Annual report of the Bengal Veterinary College and of the Civil Veterinary Department, Bengal, for the year 1913-1914 - 1913-1914
Year: 1913
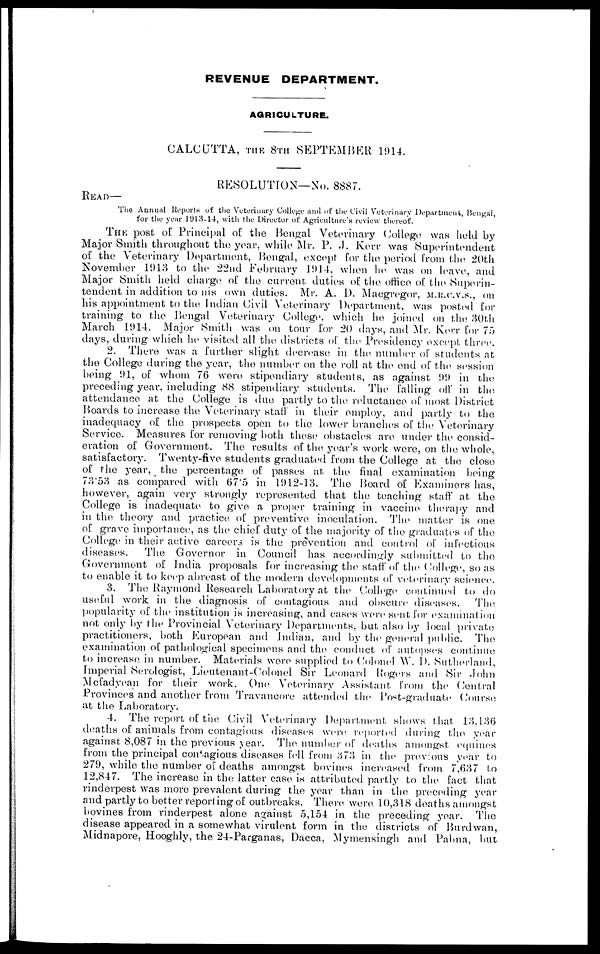
REVENUE DEPARTMENT.
AGRICULTURE.
CALCUTTA, THE 8TH SEPTEMBER 1914.
RESOLUTION—No. 8887.
RAED—
The Annual Reports of the Veterinary College and of the Civil Veterinary Department, Bengal,
for the year 1913-14, with the Director of Agriculture's review thereof.
THE post of Principal of the Bengal Veterinary College was held by
Major Smith throughout the year, while Mr. P. J. Kerr was Superintendent
of the Veterinary Department, Bengal, except for the period from the 20th
November 1913 to the 22nd February 1914, when he was on leave, and
Major Smith held charge of the current duties of the office of the Superin-
tendent in addition to his own duties. Mr. A. D. Maegregor, m.r.c.v.s., on
his appointment to the Indian Civil Veterinary Department, was posted for
training to the Bengal Veterinary College, which he joined on the 30th
March 1914. Major Smith was on tour for 20 days, and Mr. Korr for 75
days, during which he visited all the districts of the Presidency except three.
2. There was a further slight decrease in the number of students at
the College during the year, the number on the roll at the end of the session
being 91, of whom 76 were stipendiary students, as against 99 in the
preceding year, including 88 stipendiary students. The falling off in the
attendance at the College is due partly to the reluctance of most District
Boards to increase the Veterinary staff in their employ, and partly to the
inadequacy of the prospects open to the lower branches of the Veterinary
Service. Measures for removing both these obstacles are under the consid-
eration of Government. The results of the year's work were, on the whole,
satisfactory. Twenty-five students graduated from the College at the close
of the year, the percentage of passes at the final examination being
73.53 as compared with 67.5 in 1912-13. The Board of Examiners has,
however, again very strongly represented that the teaching staff at the
College is inadequate to give a proper training in vaccine therapy and
in the theory and practice of preventive inoculation. The matter is one
of grave importance, as the chief duty of the majority of the graduates of the
College in their active careers is the prevention and control of infectious
diseases. The Governor in Council has accordingly submitted to the
Government of India proposals for increasing the staff of the College, so as
to enable it to keep abreast of the modern developments of veterinary science.
3. The Raymond Research Laboratory at the College continued to do
useful work in the diagnosis of contagious and obscure diseases. The
popularity of the institution is increasing, and cases were sent for examination
not only by the Provincial Veterinary Departments, but also by local private
practitioners, both European and Indian, and by the general public. The
examination of pathological specimens and the conduct of autopses continue
to increase in number. Materials were supplied to Colonel W. D. Sutherland,
Imperial Serologist, Lieutenant-Colonel Sir Leonard Rogers and Sir John
Mcfadyean for their work. One Veterinary Assistant from the Central
Provinces and another from Travancore attended the Post-graduate Course
at the Laboratory.
4. The report of the Civil Veterinary Department shows that 13,136
deaths of animals from contagious diseases were reported during the year
against 8,087 in the previous year. The number of deaths amongst equines
from the principal contagious diseases fell from 373 in the previous year to
279, while the number of deaths amongst bovines increased from 7,637 to
12,847. The increase in the latter case is attributed partly to the fact that
rinderpest was more prevalent during the year than in the preceding year
and partly to better reporting of outbreaks. There were 10,318 deaths amongst
bovines from rinderpest alone against 5,154 in the preceding year. The
disease appeared in a somewhat virulent form in the districts of Burdwan,
Midnapore, Hooghly, the 24-Parganas, Dacca, Mymensingh and Pabna, but